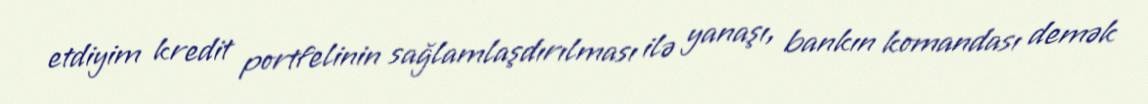
etdiyim kredit portfelinin sağlamlaşdırılması ilə yanaşı, bankın komandası demək